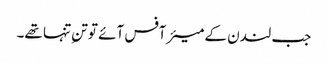
جب لندن کے میئر آفس آئے تو تنِ تنہا تھے۔